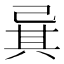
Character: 㠱